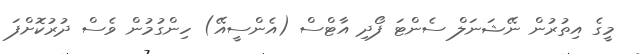
މީގެ އިތުރުން ނޭޝަނަލް ސެންޓަ ފޯދި އާޓްސް (އެންސީއޭ) ހިންގުމުން ވެސް ދުރުކޮށްފަ